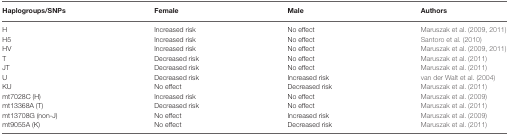
<table><thead><tr><td><b>Haplogroups/SNPs</b></td><td><b>Female</b></td><td><b>Male</b></td><td><b>Authors</b></td></tr></thead><tbody><tr><td>H</td><td>Increased risk</td><td>No effect</td><td>Maruszak et al. (2009, 2011)</td></tr><tr><td>H5</td><td>Increased risk</td><td>No effect</td><td>Santoro et al. (2010)</td></tr><tr><td>HV</td><td>Increased risk</td><td>No effect</td><td>Maruszak et al. (2009, 2011)</td></tr><tr><td>T</td><td>Decreased risk</td><td>No effect</td><td>Maruszak et al. (2011)</td></tr><tr><td>JT</td><td>Decreased risk</td><td>No effect</td><td>Maruszak et al. (2011)</td></tr><tr><td>U</td><td>Decreased risk</td><td>Increased risk</td><td>van der Walt et al. (2004)</td></tr><tr><td>KU</td><td>No effect</td><td>Decreased risk</td><td>Maruszak et al. (2011)</td></tr><tr><td>mt7028C (H)</td><td>Increased risk</td><td>No effect</td><td>Maruszak et al. (2009)</td></tr><tr><td>mt13368A (T)</td><td>Decreased risk</td><td>No effect</td><td>Maruszak et al. (2011)</td></tr><tr><td>mt13708G (non-J)</td><td>No effect</td><td>Increased risk</td><td>Maruszak et al. (2009)</td></tr><tr><td>mt9055A (K)</td><td>No effect</td><td>Decreased risk</td><td>Maruszak et al. (2011)</td></tr></tbody></table>